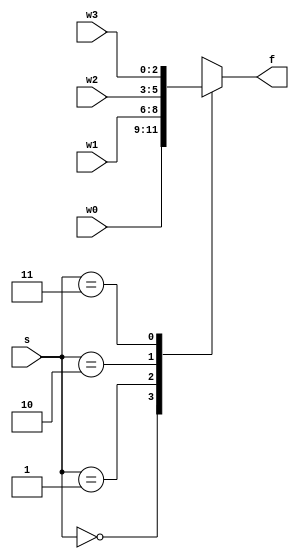
`timescale 1ns / 1ps
//////////////////////////////////////////////////////////////////////////////////
// Company: 
// Engineer: 
// 
// Design Name: 
// Module Name: mux_4x1_nbit
// Project Name: 
// Target Devices: 
// Tool Versions: 
// Description: 
// 
// Dependencies: 
// 
// Revision:
// Revision 0.01 - File Created
// Additional Comments:
// 
//////////////////////////////////////////////////////////////////////////////////


module mux_4x1_nbit
    #(parameter N = 3) (
    input [N - 1: 0] w0, w1, w2, w3,
    input [1:0] s,
    output reg [N - 1: 0] f
    );
    
    // Dataflow modeling 
    //-------------------------------------------------------------------
    
    // This works but it's not elegant and hard to understand
//    assign f =  ~s[1] & ~s[0]? w0:
//                ~s[1] & s[0]?  w1:
//                s[1] & ~s[0]?  w2:
//                s[1] & s[0]? w3: 'bx;
                
    // another way to write the above continous assignment
//    assign f = s[1]? (s[0]? w3: w2):(s[0]? w1: w0);   
             
    // Behavioral modeling                
    //-------------------------------------------------------------------
    
    // if, else-if, else (Priority Routing Networks)
//    always @(w0, w1, w2, w3, s)
//    begin
//        if (s == 2'b00)
//            f = w0;
//        else if (s == 2'b01) // this can be s == 1 (decimal)
//            f = w1;
//        else if (s == 2'b10)
//            f = w2;
//        else if (s == 2'b11)
//            f = w3; 
//        else
//            f = 'bx;               
//    end

    // w3 has highest priority below
//    always @(w0, w1, w2, w3, s)
//    begin
//        if (s == 2'b11)
//            f = w3;
//        else if (s == 2'b10) // this can be s == 1 (decimal)
//            f = w2;
//        else if (s == 2'b11)
//            f = w1;
//        else if (s == 2'b00)
//            f = w0; 
//        else
//            f = 'bx;               
//    end    
    
    // case (Multiplexing Networks)
    always @(w0, w1, w2, w3, s)
    begin
        case(s)
            2'b00: f = w0;
            2'b01: f = w1;
            2'b10: f = w2;
            2'b11: f = w3;
            default: f = 'bx;
        endcase
    end
    
endmodule